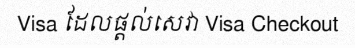
Visa ដែលផ្តល់សេវា Visa Checkout